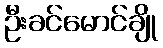
ဦးခင်မောင်ချို